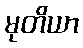
မုတိယာ